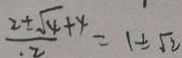
\frac { 2 \pm \sqrt { 4 } + 4 } { 2 } = 1 \pm \sqrt { 2 }